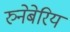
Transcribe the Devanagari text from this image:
रुनेबेरिय